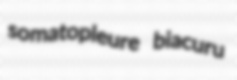
somatopleure biacuru